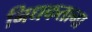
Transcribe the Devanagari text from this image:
निधकताना